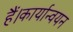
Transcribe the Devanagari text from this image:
हैं।कार्यान्वयन